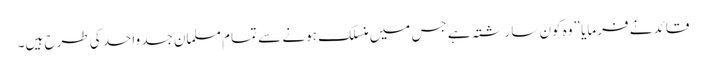
قائد نے فرمایا ”وہ کون سا رشتہ ہے جس میں منسلک ہونے سے تمام مسلمان جسد واحد کی طرح ہیں۔